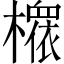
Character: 𱤪